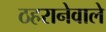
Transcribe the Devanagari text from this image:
ठहरानेवाले